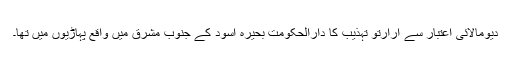
دیومالائی اعتبار سے ارارتو تہذیب کا دارالحکومت بحیرہ اسود کے جنوب مشرق میں واقع پہاڑیوں میں تھا۔